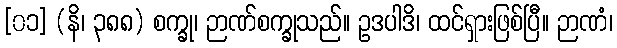
[၀၁] (နိ၊ ၃၈၈) စက္ခု၊ ဉာဏ်စက္ခုသည်။ ဥဒပါဒိ၊ ထင်ရှားဖြစ်ပြီ။ ဉာဏံ၊